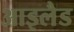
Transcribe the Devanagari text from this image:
आइलैड